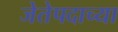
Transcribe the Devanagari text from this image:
जेतेपदाच्या